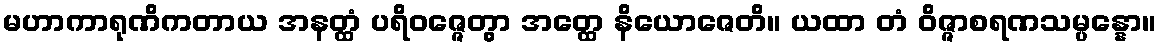
မဟာကာရုဏိကတာယ အနတ္ထံ ပရိဝဇ္ဇေတွာ အတ္ထေ နိယောဇေတိ။ ယထာ တံ ဝိဇ္ဇာစရဏသမ္ပန္နော။